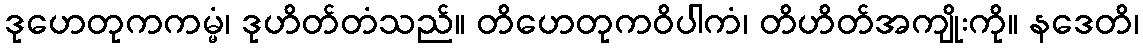
ဒုဟေတုကကမ္မံ၊ ဒုဟိတ်တံသည်။ တိဟေတုကဝိပါကံ၊ တိဟိတ်အကျိုးကို။ နဒေတိ၊